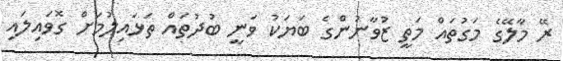
ރޭ މާލޭގެ މަގުތައް މަތީ ޒުވާނުންގެ ބަޔަކު ވަނީ ބުދުތައް ތަޅައިލުމަށް ގޮވައިލައި